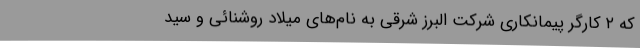
که ۲ کارگر پیمانکاری شرکت البرز شرقی به نام‌های میلاد روشنائی و سید